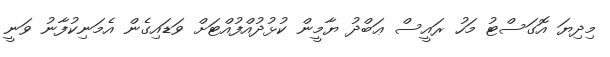
މިދިޔަ އޮގަސްޓު މަހު ރައީސް ޢަބްދު ޔާމީން ކުޅުދުއްފުއްޓަށް ވަޑައިގެން އެމަނިކުފާނު ވަނީ